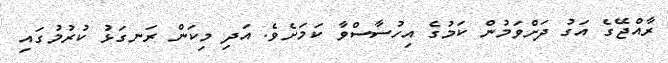
ރާއްޖޭގެ އަގު ދަށްވަމުން ކަމުގެ އިހުސާސްވާ ކަމަށެވެ. އަދި މިކަން ރަނގަޅު ކުރުމުގައި